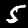
Digit: 5